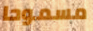
مسموحا